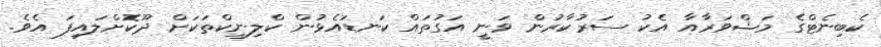
ކެބިނެޓްގެ މަޝްވަރާއާ އެކު ސަރުކާރުން ވަނީ އަގުތައް ކަނޑައެޅުން ކްލިނިކްތަކަށް ދޫކޮށްލައިފަ އެވެ.